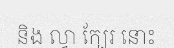
និង ល្វា ក្បែរ នោះ